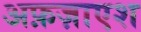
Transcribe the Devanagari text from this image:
अफ़ज़ाएश